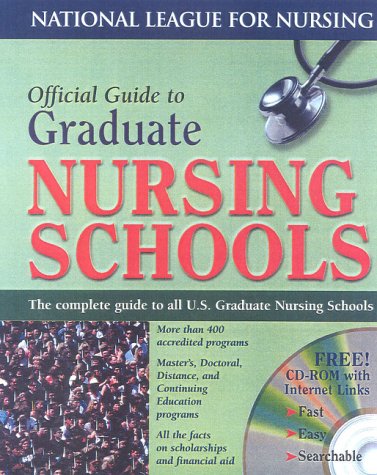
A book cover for Official Guide to Graduate Nursing Schools (Book & CD-ROM for Windows & Macintosh) (National League for Nursing Series); National League for Nursing; Education & Teaching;